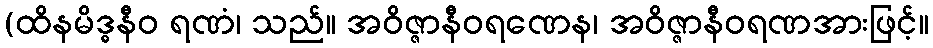
(ထိနမိဒ္ဓနီဝ ရဏံ၊ သည်။ အဝိဇ္ဇာနီဝရဏေန၊ အဝိဇ္ဇာနီဝရဏအားဖြင့်။